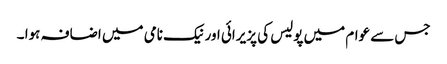
جس سے عوام میں پولیس کی پزیرائی اور نیک نامی میں اضافہ ہوا ۔